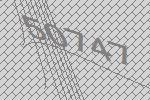
50747